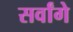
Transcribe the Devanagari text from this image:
सर्वांगे